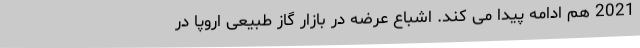
2021 هم ادامه پیدا می کند. اشباع عرضه در بازار گاز طبیعی اروپا در